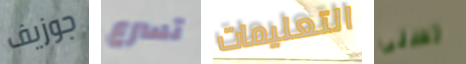
جوزيف تسرع التعليمات تسنى